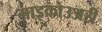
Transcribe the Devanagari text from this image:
माइक्रोउअरी